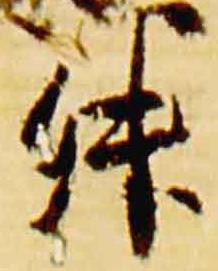
升